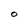
Character: O